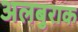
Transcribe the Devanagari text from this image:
अलबुराक